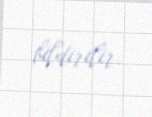
bildirilir.